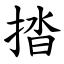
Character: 㧺